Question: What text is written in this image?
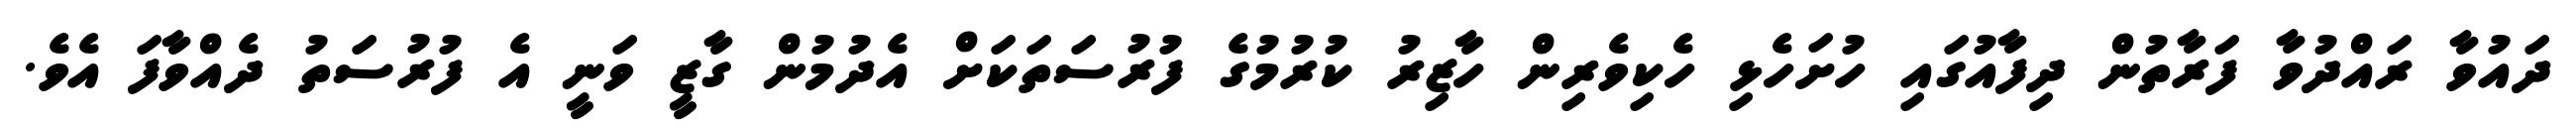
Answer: ދައުވާ ރައްދުވާ ފަރާތުން ދިފާއުގައި ހުށަހެޅި ހެކިވެރިން ހާޒިރު ކުރުމުގެ ފުރުސަތަކަށް އެދުމުން ގާޒީ ވަނީ އެ ފުރުސަތު ދެއްވާފަ އެވެ.